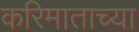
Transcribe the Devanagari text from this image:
करिमाताच्या